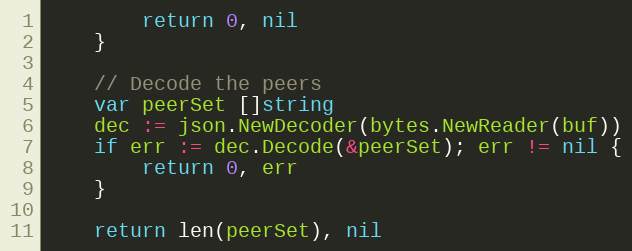
Language: Go
		return 0, nil
	}

	// Decode the peers
	var peerSet []string
	dec := json.NewDecoder(bytes.NewReader(buf))
	if err := dec.Decode(&peerSet); err != nil {
		return 0, err
	}

	return len(peerSet), nil